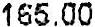
165.00